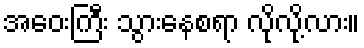
အဝေးကြီး သွားနေစရာ လိုလို့လား။